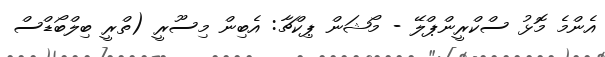
އެންމެ މޮޅު ސްކްރީންޕްލޭ - މޯޝަން ޕިކްޗާ: އެބިން މިސޫރީ (ތްރީ ބިލްބޯޑްސް